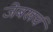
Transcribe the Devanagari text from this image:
जेबखर्च